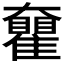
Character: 𡚝